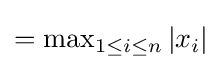
=\max \nolimits _{1\leq i\leq n}|x_{i}|